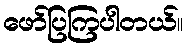
ဖော်ပြကြပါတယ်။